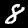
Digit: 8